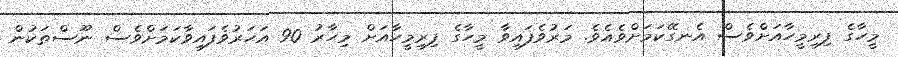
މީހާގެ ފިރިމީހާއަށްވެސް އެނގޭކަމަށްވެއެވެ. މަރުވެފައިވާ މީހާގެ ފިރިމީހާއަށް މިހާރު 90 އަހަރުވެފައިވާކަމަށްވެސް ނޫސްތަކުން